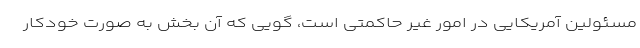
مسئولین آمریکایی در امور غیر حاکمتی است، گویی که آن بخش به صورت خودکار